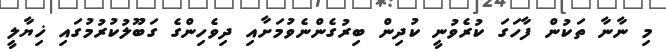
މި ނާނާ ތަކުން ފާހަގަ ކުރެވުނީ ކުދިން ބިރުގެންނެވުމަށާއި ދިވެހިންގެ ގަބޫލުކުރުމުގައި ޚިޔާލީ